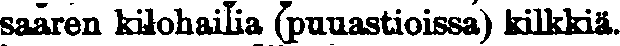
saaren kilohailia (puuastioissa) kilkkiä,